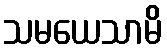
သမယေသာမိ